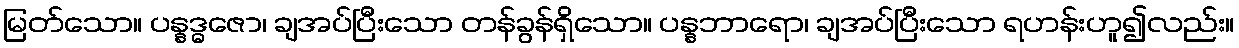
မြတ်သော။ ပန္နဒ္ဓဇော၊ ချအပ်ပြီးသော တန်ခွန်ရှိသော။ ပန္နဘာရော၊ ချအပ်ပြီးသော ရဟန်းဟူ၍လည်း။